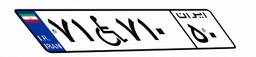
۷۱W۷۱۰۵۰